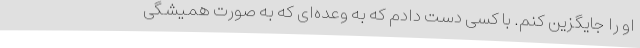
او را جایگزین کنم. با کسی دست دادم که به وعده‌ای که به صورت همیشگی